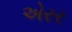
એરર